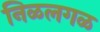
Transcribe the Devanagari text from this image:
निळलगळ